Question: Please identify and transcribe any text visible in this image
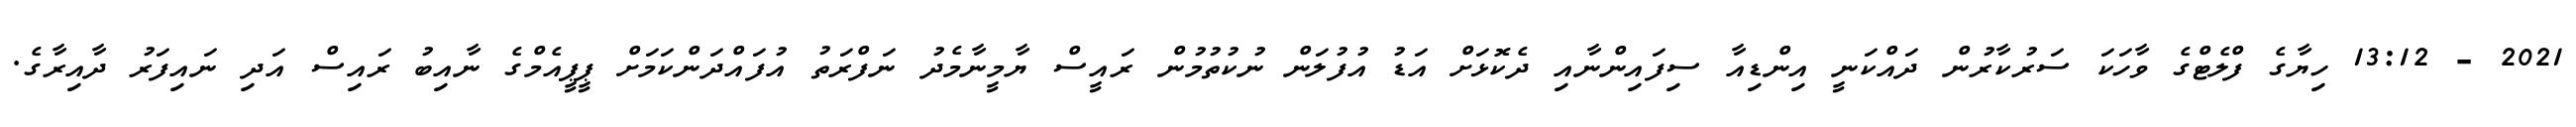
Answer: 2021 - 13:12 ހިޔާގެ ފްލެޓްގެ ވާހަކަ ސަރުކާރުން ދައްކަނީ އިންޑިއާ ސިފައިންނާއި ދެކޮޅަށް އަޑު އުފުލަން ނުކުތުމުން ރައީސް ޔާމީނާމެދު ނަފްރަތު އުފައްދަންކަމަށް ޕީޕީއެމްގެ ނާއިބު ރައިސް އަދި ނައިފަރު ދާއިރާގެ.